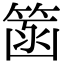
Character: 䈄